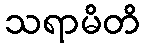
သရာမိတိ